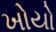
ખોયો